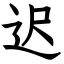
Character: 迟